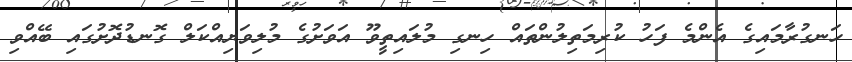
ހަނގުރާމައިގެ އެންމެ ފަހު ކުރިމަތިލުންތައް ހިނގި މުލައިތީވޫ އަވަށުގެ މުލިވަޔިއްކަލް ގޮނޑުދޮށުގައި ބޭއްވި